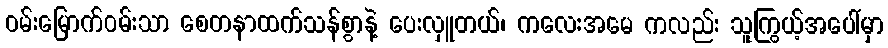
ဝမ်းမြောက်ဝမ်းသာ စေတနာထက်သန်စွာနဲ့ ပေးလှူတယ်၊ ကလေးအမေ ကလည်း သူကြွယ့်အပေါ်မှာ